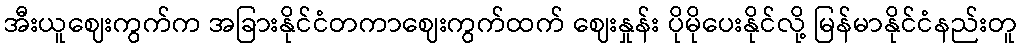
အီးယူဈေးကွက်က အခြားနိုင်ငံတကာဈေးကွက်ထက် ဈေးနှုန်း ပိုမိုပေးနိုင်လို့ မြန်မာနိုင်ငံနည်းတူ